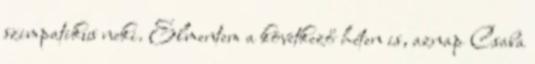
szimpatikus neki. Elmentem a következő héten is, aznap Csaba